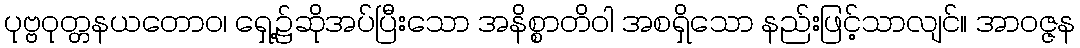
ပုဗ္ဗဝုတ္တနယတောဝ၊ ရှေ့၌ဆိုအပ်ပြီးသော အနိစ္စာတိဝါ အစရှိသော နည်းဖြင့်သာလျင်။ အာဝဇ္ဇန